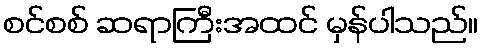
စင်စစ် ဆရာကြီးအထင် မှန်ပါသည်။